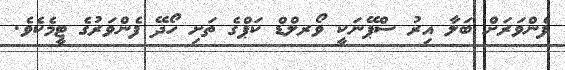
ފެންވަރަށް ބަލާ އިރު ސްޕޭނަކީ ވޯރލްޑް ކަޕްގެ ތަށި ހޯދޭ ފެންވަރުގެ ޓީމެކެވެ.